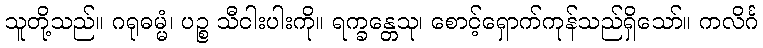
သူတို့သည်။ ဂရုဓမ္မံ၊ ပဉ္စ သီငါးပါးကို။ ရက္ခန္တေသု၊ စောင့်ရှောက်ကုန်သည်ရှိသော်။ ကလိင်္ဂ